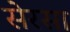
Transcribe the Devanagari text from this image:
सेरसा